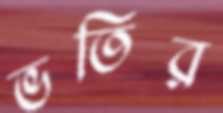
ভতির